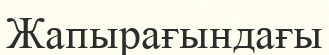
Жапырағындағы